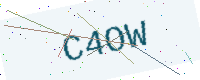
Text: C4OW